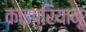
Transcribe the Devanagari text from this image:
काइप्रियानू